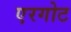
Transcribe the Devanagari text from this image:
एरगोट